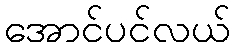
အောင်ပင်လယ်